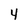
Character: 4